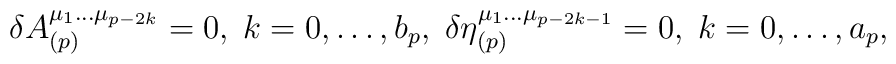
\delta A_{(p)}^{\mu _1\ldots \mu _{p-2k}}=0,\;k=0,\ldots,b_p,\;\delta \eta _{(p)}^{\mu _1\ldots \mu _{p-2k-1}}=0,\;k=0,\ldots ,a_p,